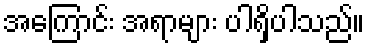
အကြောင်း အရာများ ပါရှိပါသည်။